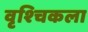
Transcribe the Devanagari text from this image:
वृश्‍चिकला